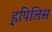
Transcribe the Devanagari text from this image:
ह्र्पिलिस